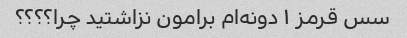
سس قرمز ۱ دونه‌ام برامون نزاشتید چرا؟؟؟؟